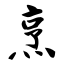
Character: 烹